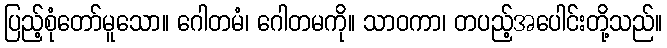
ပြည့်စုံတော်မူသော။ ဂေါတမံ၊ ဂေါတမကို။ သာဝကာ၊ တပည့်အပေါင်းတို့သည်။